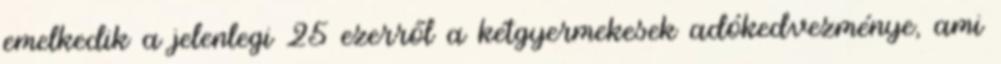
emelkedik a jelenlegi 25 ezerről a kétgyermekesek adókedvezménye, ami